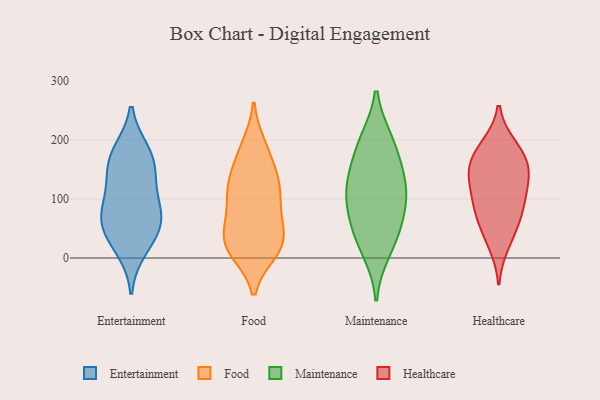
{"axis": {"x": "Satisfaction Score", "y": "Value"}, "legend": ["Entertainment", "Food", "Healthcare", "Maintenance"], "data": [{"x": "", "y": 16, "type": "Entertainment"}, {"x": "", "y": 179, "type": "Entertainment"}, {"x": "", "y": 154, "type": "Entertainment"}, {"x": "", "y": 133, "type": "Entertainment"}, {"x": "", "y": 83, "type": "Entertainment"}, {"x": "", "y": 173, "type": "Entertainment"}, {"x": "", "y": 50, "type": "Entertainment"}, {"x": "", "y": 93, "type": "Entertainment"}, {"x": "", "y": 47, "type": "Entertainment"}, {"x": "", "y": 65, "type": "Entertainment"}, {"x": "", "y": 131, "type": "Food"}, {"x": "", "y": 40, "type": "Food"}, {"x": "", "y": 95, "type": "Food"}, {"x": "", "y": 137, "type": "Food"}, {"x": "", "y": 20, "type": "Food"}, {"x": "", "y": 165, "type": "Food"}, {"x": "", "y": 79, "type": "Food"}, {"x": "", "y": 108, "type": "Food"}, {"x": "", "y": 40, "type": "Food"}, {"x": "", "y": 11, "type": "Food"}, {"x": "", "y": 189, "type": "Food"}, {"x": "", "y": 71, "type": "Food"}, {"x": "", "y": 49, "type": "Food"}, {"x": "", "y": 122, "type": "Food"}, {"x": "", "y": 127, "type": "Food"}, {"x": "", "y": 191, "type": "Food"}, {"x": "", "y": 10, "type": "Food"}, {"x": "", "y": 11, "type": "Food"}, {"x": "", "y": 23, "type": "Food"}, {"x": "", "y": 50, "type": "Maintenance"}, {"x": "", "y": 135, "type": "Maintenance"}, {"x": "", "y": 12, "type": "Maintenance"}, {"x": "", "y": 88, "type": "Maintenance"}, {"x": "", "y": 109, "type": "Maintenance"}, {"x": "", "y": 198, "type": "Maintenance"}, {"x": "", "y": 107, "type": "Maintenance"}, {"x": "", "y": 44, "type": "Maintenance"}, {"x": "", "y": 151, "type": "Maintenance"}, {"x": "", "y": 195, "type": "Maintenance"}, {"x": "", "y": 101, "type": "Healthcare"}, {"x": "", "y": 43, "type": "Healthcare"}, {"x": "", "y": 22, "type": "Healthcare"}, {"x": "", "y": 191, "type": "Healthcare"}, {"x": "", "y": 189, "type": "Healthcare"}, {"x": "", "y": 138, "type": "Healthcare"}, {"x": "", "y": 70, "type": "Healthcare"}, {"x": "", "y": 139, "type": "Healthcare"}, {"x": "", "y": 89, "type": "Healthcare"}, {"x": "", "y": 118, "type": "Healthcare"}, {"x": "", "y": 170, "type": "Healthcare"}, {"x": "", "y": 155, "type": "Healthcare"}, {"x": "", "y": 153, "type": "Healthcare"}, {"x": "", "y": 75, "type": "Healthcare"}]}